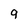
Character: 9